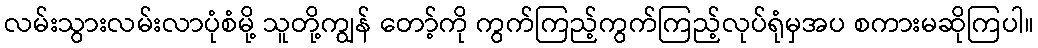
လမ်းသွားလမ်းလာပုံစံမို့ သူတို့ကျွန် တော့်ကို ကွက်ကြည့်ကွက်ကြည့်လုပ်ရုံမှအပ စကားမဆိုကြပါ။